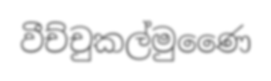
වීච්චුකල්මුණෛ